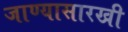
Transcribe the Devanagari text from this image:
जाण्यासारखी